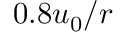
0 . 8 u _ { 0 } / r